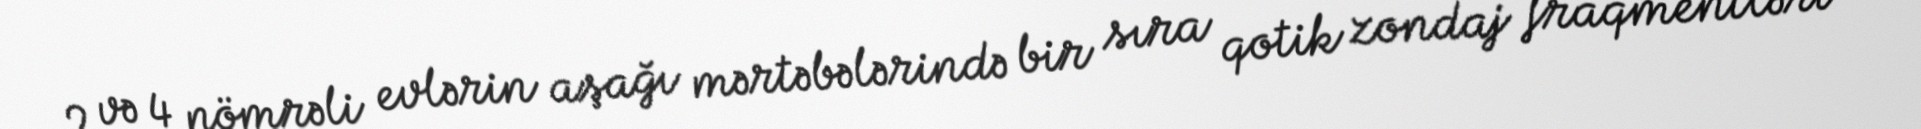
2 və 4 nömrəli evlərin aşağı mərtəbələrində bir sıra qotik zondaj fraqmentləri